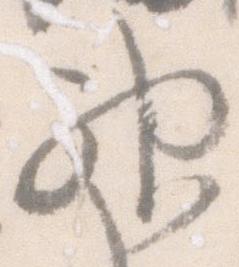
神